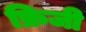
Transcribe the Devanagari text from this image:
फ्रिजी